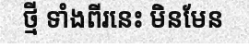
ថ្មី ទាំងពីរនេះ មិនមែន